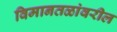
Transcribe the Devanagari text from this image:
विमानतळांवरील